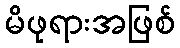
မိဖုရားအဖြစ်